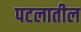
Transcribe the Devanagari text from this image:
पटलातील